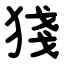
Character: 㹽